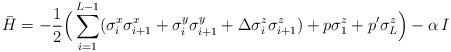
\begin{align*}\bar H=-\frac12\Big(\sum_{i=1}^{L-1}(\sigma_i^x\sigma_{i+1}^x+\sigma_i^y\sigma_{i+1}^y+\Delta\sigma_i^z\sigma_{i+1}^z) +p\sigma_1^z+p'\sigma_{L}^z\Big) - \alpha\, I \end{align*}